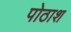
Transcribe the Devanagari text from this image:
पोठाश